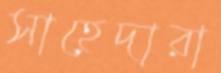
সাহেদারা